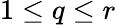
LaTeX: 1\le q\le r